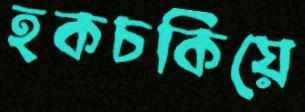
হকচকিয়ে